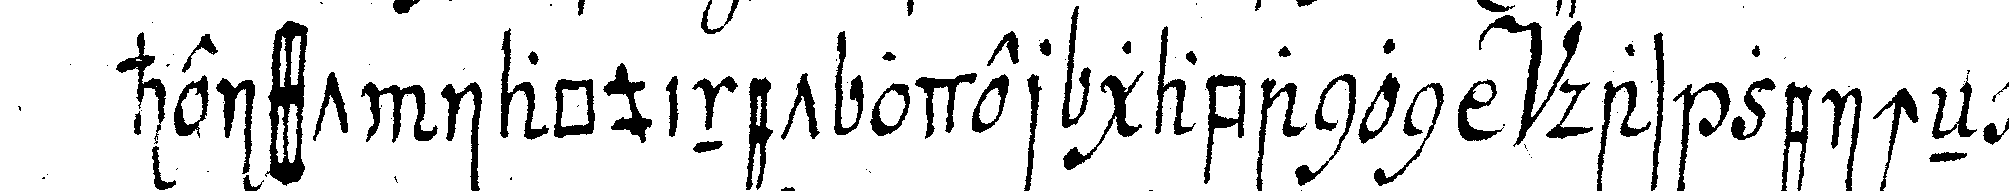
heisst iaquinet oder gabanon das zeicheN ei